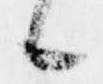
候